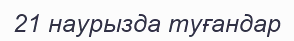
21 наурызда туғандар